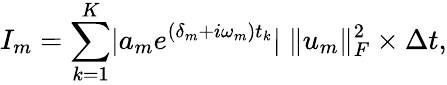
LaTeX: I_{m}=\sum_{k=1}^{K}\lvert a_{m}e^{(\delta_{m}+i\omega_{m})t_{k}}\rvert\; \| u_{m}\| _{F}^{2}\times\Delta t,